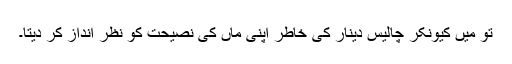
تو میں کیونکر چالیس دینار کی خاطر اپنی ماں کی نصیحت کو نظر انداز کر دیتا۔